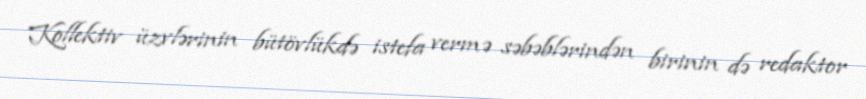
Kollektiv üzvlərinin bütövlükdə istefa vermə səbəblərindən birinin də redaktor